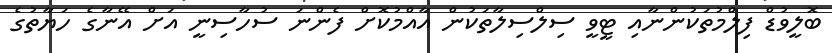
ބޮލީވުޑް ފިލްމުތަކުންނާއި ޓީވީ ސިލްސިލާތަކުން އާއްމުކޮށް ފެންނަ ސުހާސިނީ އަށް އޭނާގެ ހަޔާތުގެ